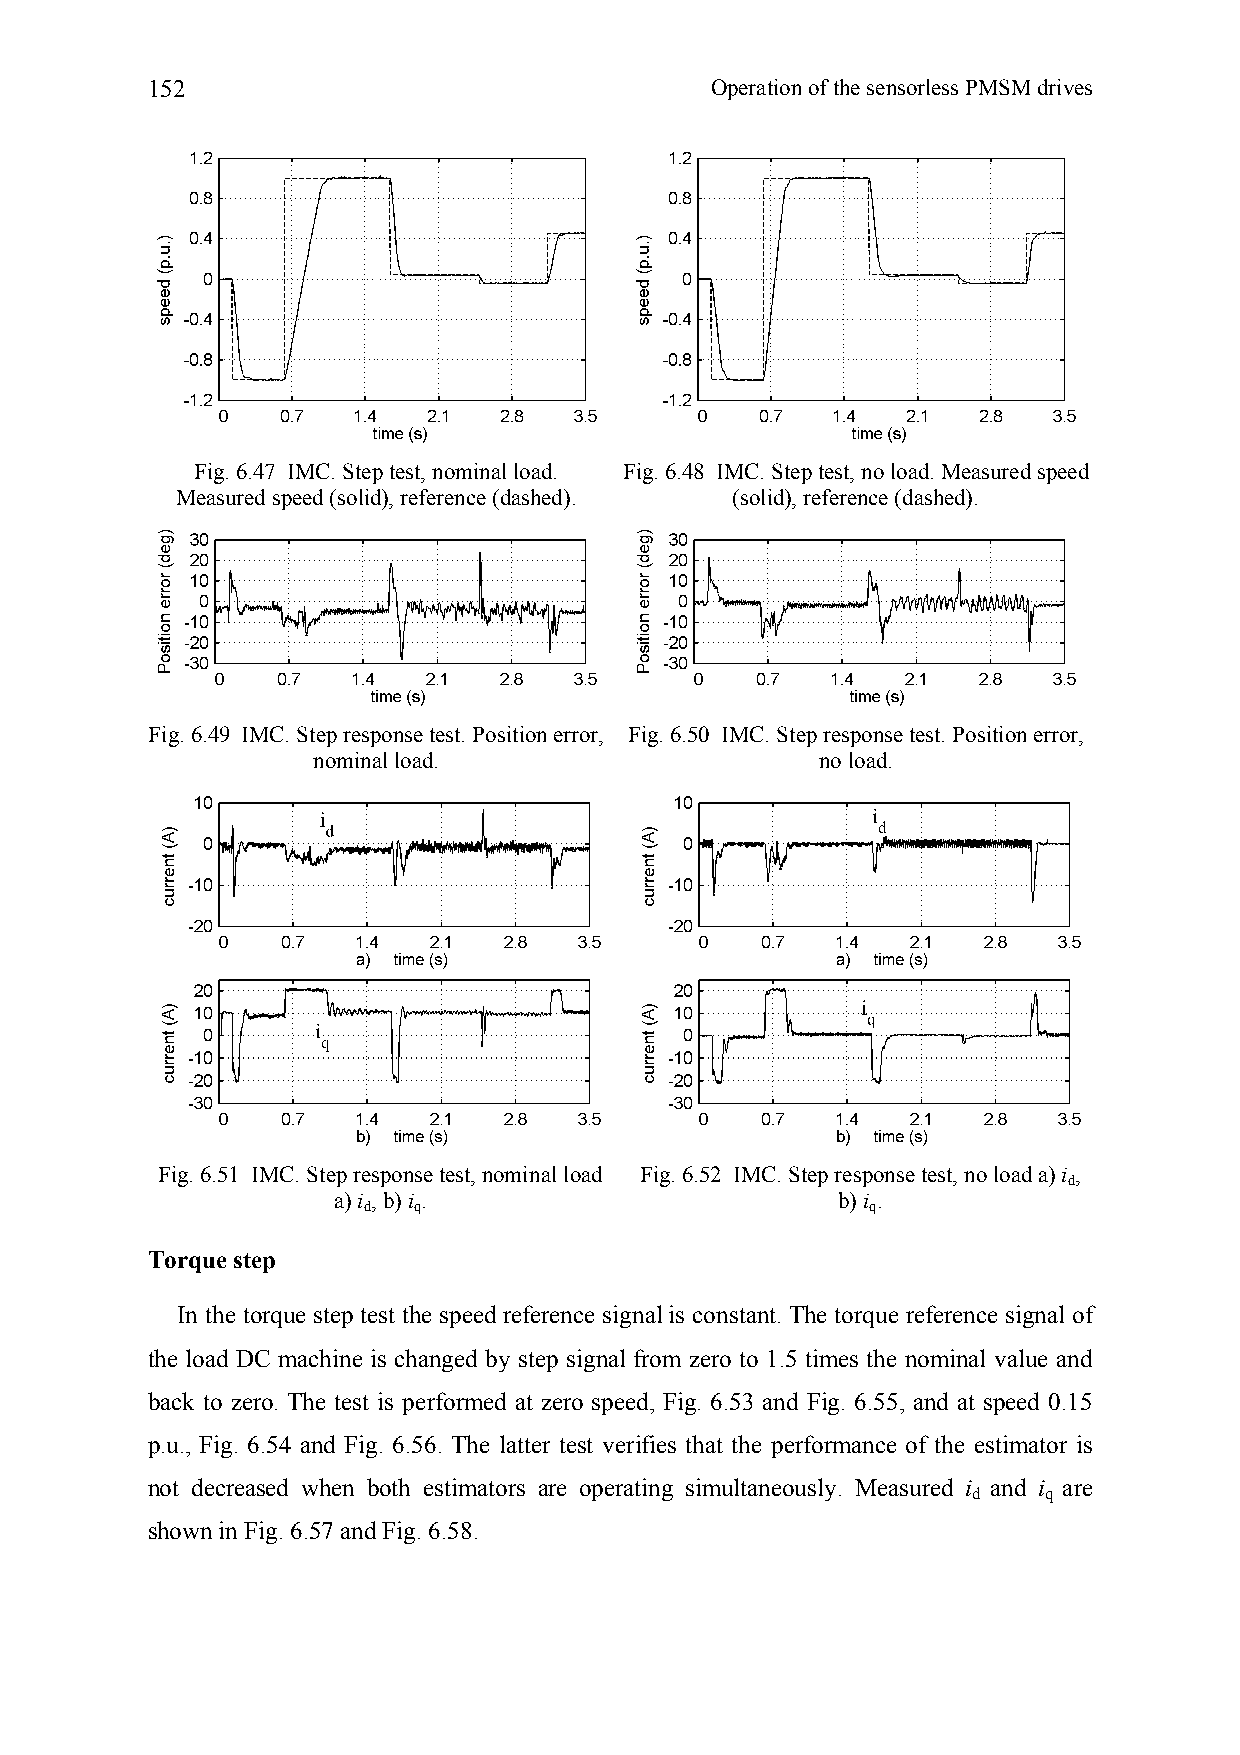
152                                  Operation of the sensorless PMSM drives
 Fig. 6.47 IMC. Step test, nominal load. Fig. 6.48 IMC. Step test, no load. Measured speed
 Measured speed (solid), reference (dashed). (solid), reference (dashed).
 Fig. 6.49 IMC. Step response test. Position error, Fig. 6.50 IMC. Step response test. Position error,
 nominal load.                    no load.
 Fig. 6.51 IMC. Step response test, nominal load Fig. 6.52 IMC. Step response test, no load a) i ,
 d
 a) i , b) i .                    b) i .
 d  q                              q
 Torque step
 In the torque step test the speed reference signal is constant. The torque reference signal of
 the load DC machine is changed by step signal from zero to 1.5 times the nominal value and
 back to zero. The test is performed at zero speed, Fig. 6.53 and Fig. 6.55, and at speed 0.15
 p.u., Fig. 6.54 and Fig. 6.56. The latter test verifies that the performance of the estimator is
 not decreased when both estimators are operating simultaneously. Measured i and i are
 d    q
 shown in Fig. 6.57 and Fig. 6.58.